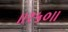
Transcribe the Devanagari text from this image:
॥१५०॥